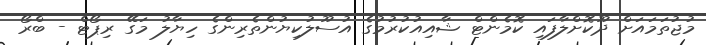
މުޖުތަމައަށް ދޫކޮށްލާފައި ކޮމެންޓް ޝާއިއުކުރުމުގެ އުސޫލުކިޔުންތެރިންގެ ހިޔާލު މަގޭ ރިޕޯޓް - ބްރޯ